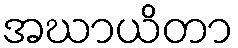
အဃာယိတာ